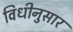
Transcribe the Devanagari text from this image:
विधीनुसार